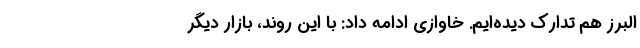
البرز هم تدارک دیده‌ایم. خاوازی ادامه داد: با این روند، بازار دیگر